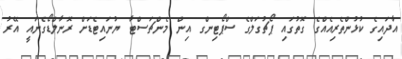
އާދައިގެ ކުޅުންތެރިއެއްގެ ގޮތުގައި ޕޯޗުގަލްގެ ސްޕޯޓިންގ އިން މެންޗަސްޓާ ޔުނައިޓެޑަށް ރޮނާލްޑޯގެނައީ އޭރު